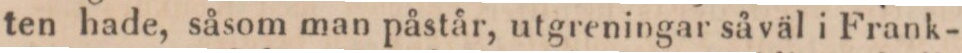
ten hade, såsom man påstår, utgreningar såväl i Frank-